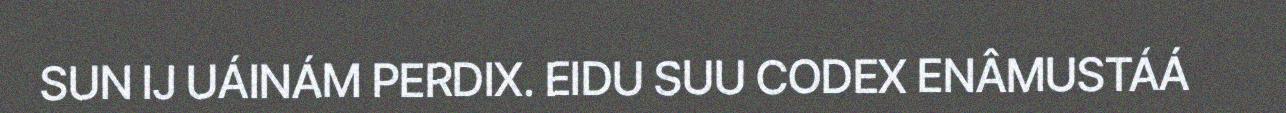
SUN IJ UÁINÁM PERDIX. EIDU SUU CODEX ENÂMUSTÁÁ